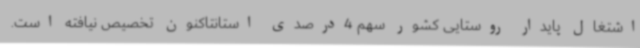
اشتغال پایدار روستایی کشور سهم 4درصدی استانتاکنون تخصیص نیافته است.